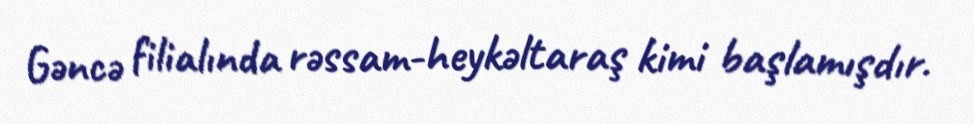
Gəncə filialında rəssam-heykəltaraş kimi başlamışdır.